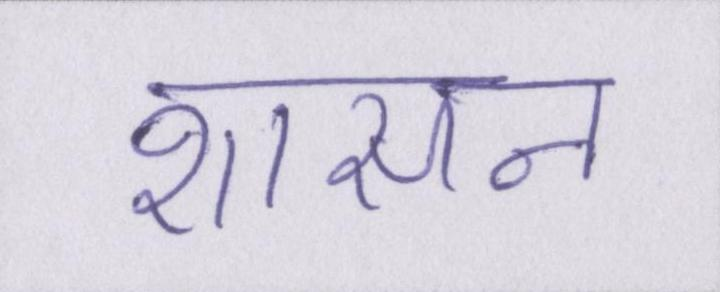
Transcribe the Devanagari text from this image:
शासन